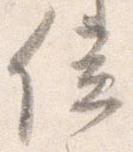
位